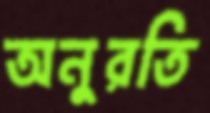
অনুরতি